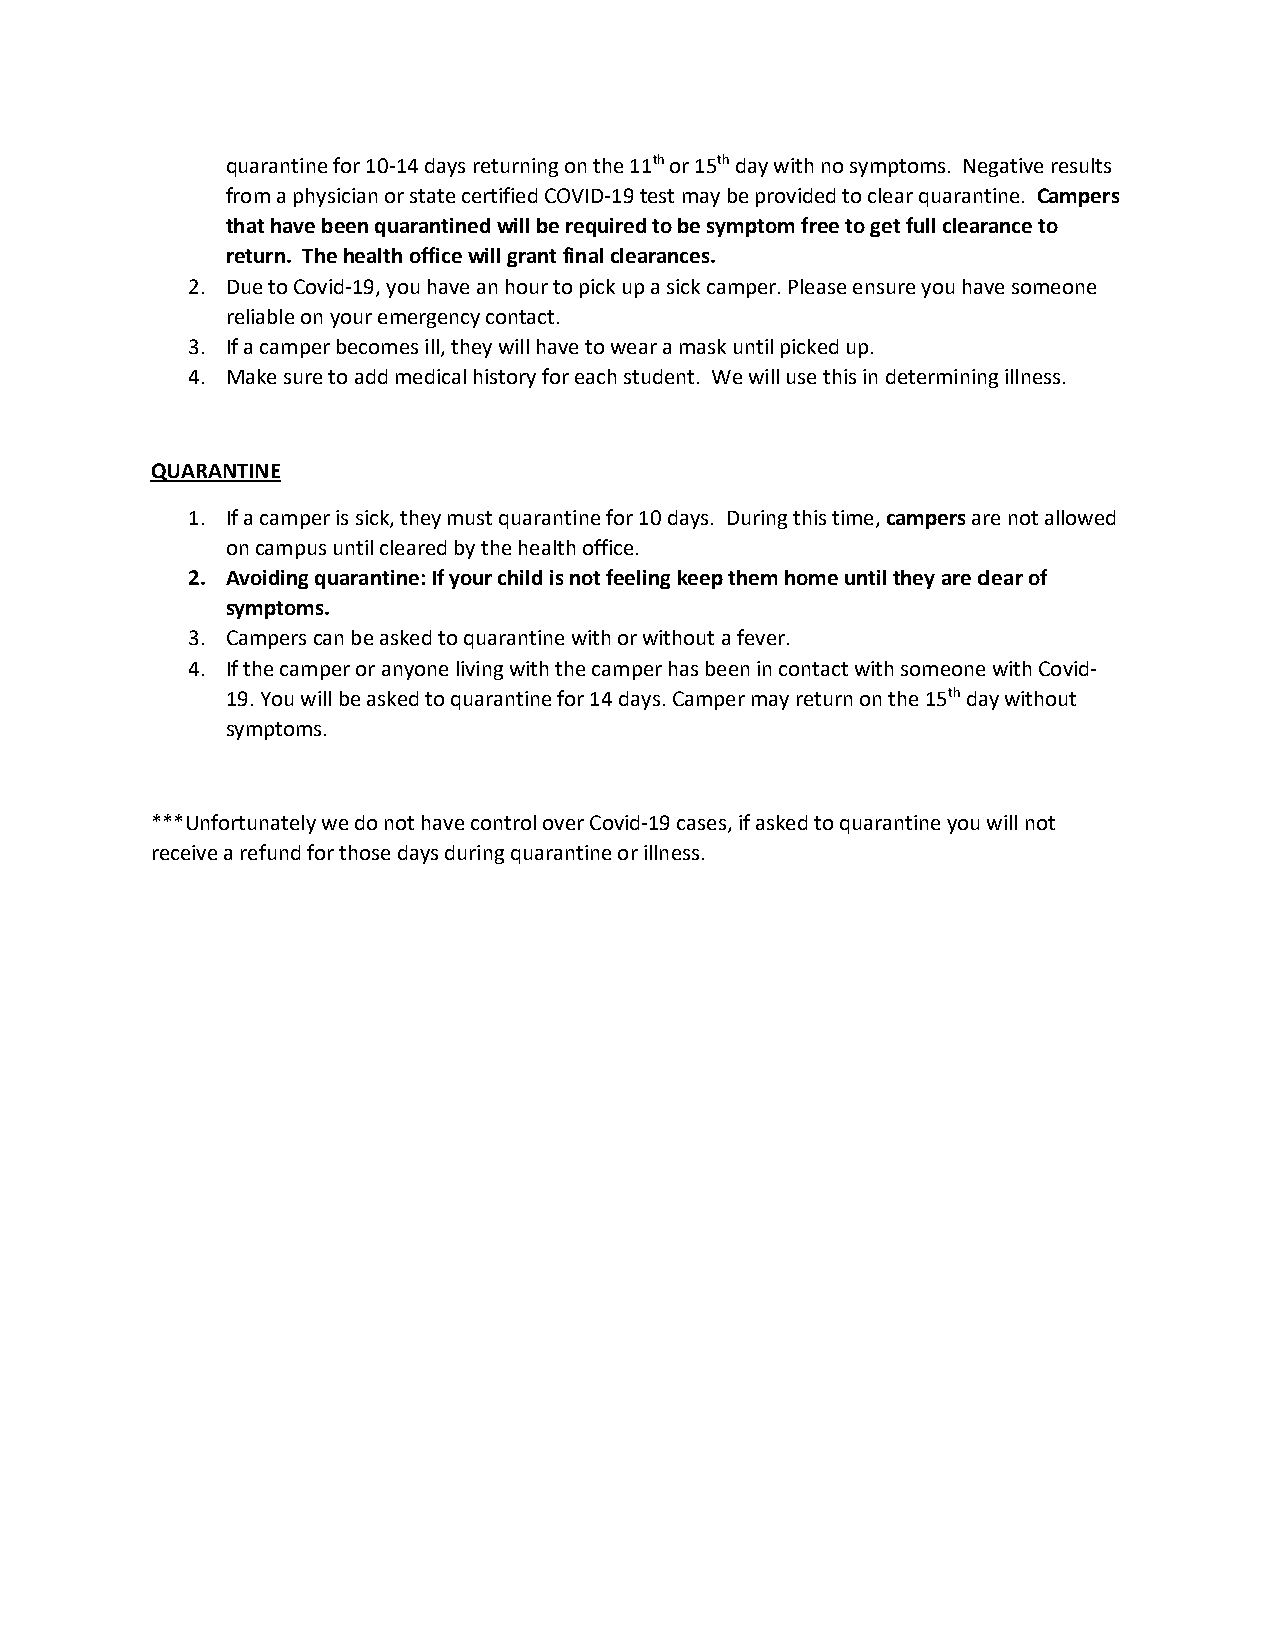
quarantine for 10-14 days returning on the 11th or 15th day with no symptoms. Negative results
 from a physician or state certified COVID-19 test may be provided to clear quarantine. Campers
 that have been quarantined will be required to be symptom free to get full clearance to
 return. The health office will grant final clearances.
 2. Due to Covid-19, you have an hour to pick up a sick camper. Please ensure you have someone
 reliable on your emergency contact.
 3. If a camper becomes ill, they will have to wear a mask until picked up.
 4. Make sure to add medical history for each student. We will use this in determining illness.
 QUARANTINE
 1. If a camper is sick, they must quarantine for 10 days. During this time, campers are not allowed
 on campus until cleared by the health office.
 2. Avoiding quarantine: If your child is not feeling keep them home until they are clear of
 symptoms.
 3. Campers can be asked to quarantine with or without a fever.
 4. If the camper or anyone living with the camper has been in contact with someone with Covid-
 19. You will be asked to quarantine for 14 days. Camper may return on the 15th day without
 symptoms.
 ***Unfortunately we do not have control over Covid-19 cases, if asked to quarantine you will not
 receive a refund for those days during quarantine or illness.